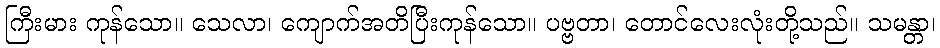
ကြီးမား ကုန်သော။ သေလာ၊ ကျောက်အတိပြီးကုန်သော။ ပဗ္ဗတာ၊ တောင်လေးလုံးတို့သည်။ သမန္တာ၊